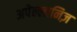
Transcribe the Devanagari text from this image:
अपेल्लानिज़